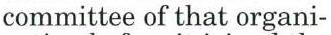
committee of that organi-